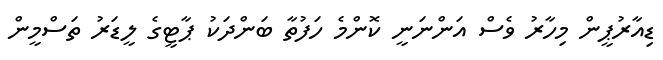
ޑިއާރުޕީން މިހާރު ވެސް އަންނަނީ ކޮންމެ ހަފުތާ ބަންދަކު ޕާޓީގެ ލީޑަރު ތަސްމީން